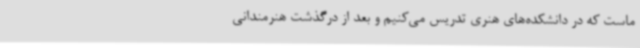
ماست که در دانشکده‌های هنری تدریس می‌کنیم و بعد از درگذشت هنرمندانی